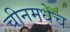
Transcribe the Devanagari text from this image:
चीनमधेच